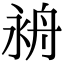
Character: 𦨤